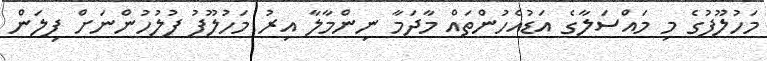
މަހުލޫފުގެ މި މައްސަލާގެ އަޑުއެހުންތައް މާދަމާ ނިންމާލާ އިރު މަހުލޫފު ފުލުހުންނަށް ފިލަން